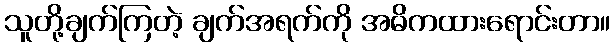
သူတို့ချက်ကြတဲ့ ချက်အရက်ကို အဓိကထားရောင်းတာ။